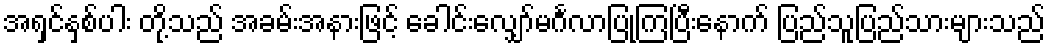
အရှင်နှစ်ပါး တို့သည် အခမ်းအနားဖြင့် ခေါင်းလျှော်မင်္ဂလာပြုကြပြီးနောက် ပြည်သူပြည်သားများသည်